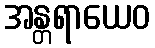
အန္တရာယေဝ